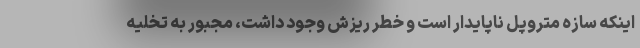
اینکه سازه متروپل ناپایدار است و خطر ریزش وجود داشت، مجبور به تخلیه